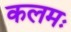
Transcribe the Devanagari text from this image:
कलमः